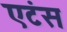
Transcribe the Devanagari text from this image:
एटंस